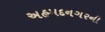
અહમદનગરની